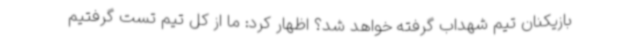
بازیکنان تیم شهداب گرفته خواهد شد؟ اظهار کرد: ما از کل تیم تست گرفتیم